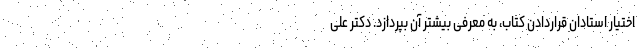
اختیار استادان قراردادن کتاب، به معرفی بیشتر آن بپردازد. دکتر علی